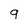
Character: 9